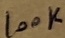
Text: 100K